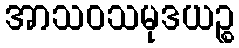
အာသဝသမုဒယဉ္စ